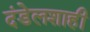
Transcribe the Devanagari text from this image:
दंडेलशाही